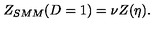
Z _ { S M M } ( D = 1 ) = \nu Z ( \eta ) .